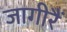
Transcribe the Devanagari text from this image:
जागीरैं